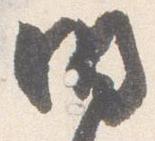
明